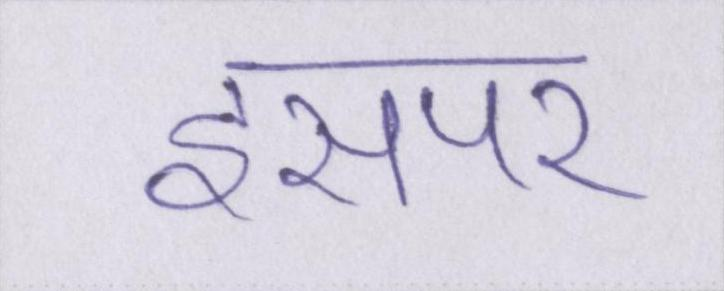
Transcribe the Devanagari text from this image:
इसपर